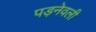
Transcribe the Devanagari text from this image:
पड़नेवली